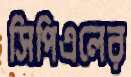
সিপিএলের